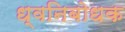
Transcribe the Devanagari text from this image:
ध्वनिबोधक